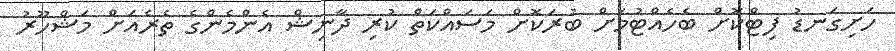
ހަށިގަނޑު ފިޓްކޮށް ބެހެއްޓުމަށް ބުރަކޮށް މަސައްކަތް ކުރި ދާނިޝް އެންމެންގެ ތެރެއަށް މަޝްހޫރު